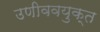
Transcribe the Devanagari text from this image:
उणीववयुक्त